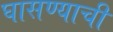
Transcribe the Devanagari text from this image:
घासण्याची